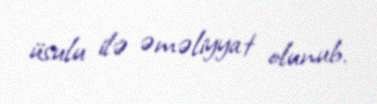
üsulu ilə əməliyyat olunub.